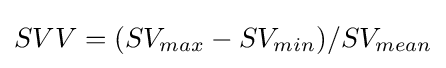
SVV=(SV_{max}-SV_{min})/SV_{mean}